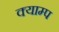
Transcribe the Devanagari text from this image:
क्याम्प